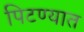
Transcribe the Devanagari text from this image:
पिटण्यात